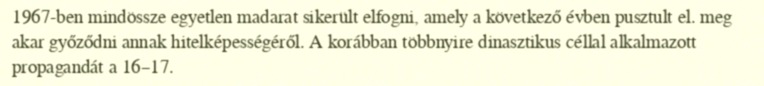
1967-ben mindössze egyetlen madarat sikerült elfogni, amely a következő évben pusztult el. meg akar győződni annak hitelképességéről. A korábban többnyire dinasztikus céllal alkalmazott propagandát a 16–17.